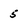
Character: 5